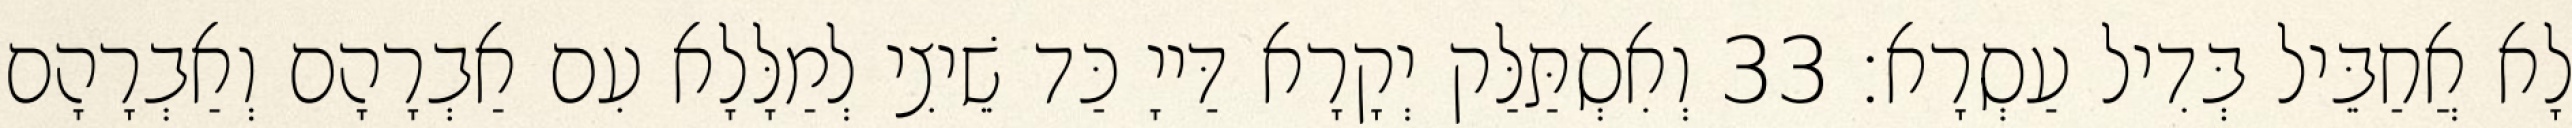
לָא אֲחַבֵּיל בְּדִיל עַסְרָא׃ 33 וְאִסְתַּלַּק יְקָרָא דַּייָ כַּד שֵׁיצִי לְמַלָּלָא עִם אַבְרָהָם וְאַבְרָהָם